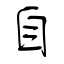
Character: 自